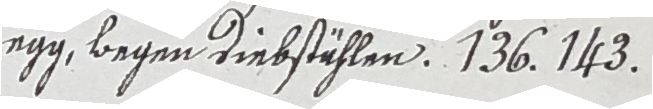
egg, wegen diebstählen. 136 143.